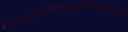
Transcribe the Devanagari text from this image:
गंगायांमरणंयादृक्तादृक्फलमवाप्नुयादिति